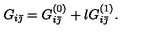
G _ { i \bar { \jmath } } = G _ { i \bar { \jmath } } ^ { ( 0 ) } + l G _ { i \bar { \jmath } } ^ { ( 1 ) } .